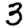
Digit: 3